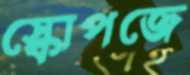
স্কোপজে